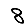
Digit: 8